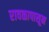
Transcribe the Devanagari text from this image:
रावळापासून